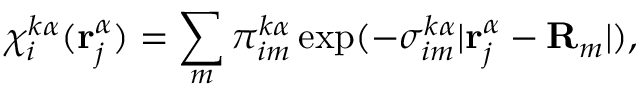
\chi _ { i } ^ { k \alpha } ( \mathbf { r } _ { j } ^ { \alpha } ) = \sum _ { m } \pi _ { i m } ^ { k \alpha } \exp ( - \sigma _ { i m } ^ { k \alpha } | \mathbf { r } _ { j } ^ { \alpha } - \mathbf { R } _ { m } | ) ,